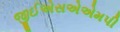
જીઈએસએએમપી